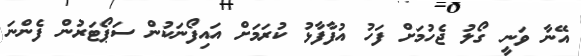
އޭނާ ވަނީ ގޯލު ޖެހުމަށް ފަހު އުފާފާޅު ކުރަމަށް އައިފޯނަކުން ސަޕޯޓަރުން ފެންނަ